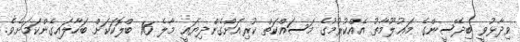
ވިދާޅުވީ ބިދޭސީންގެ މަޢުލޫމާތު އެއްކުރުމުގެ މަސައްކަތް ކުރިއަށްގެންދިޔައީ މާލެ 16 ބްލޮކަކަށް ބަހާލައިގެންކަމަށެވެ.